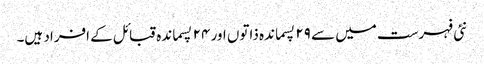
نئی فہرست میں سے ۲۹ پسماندہ ذاتوں اور ۲۴ پسماندہ قبائل کے افراد ہیں۔